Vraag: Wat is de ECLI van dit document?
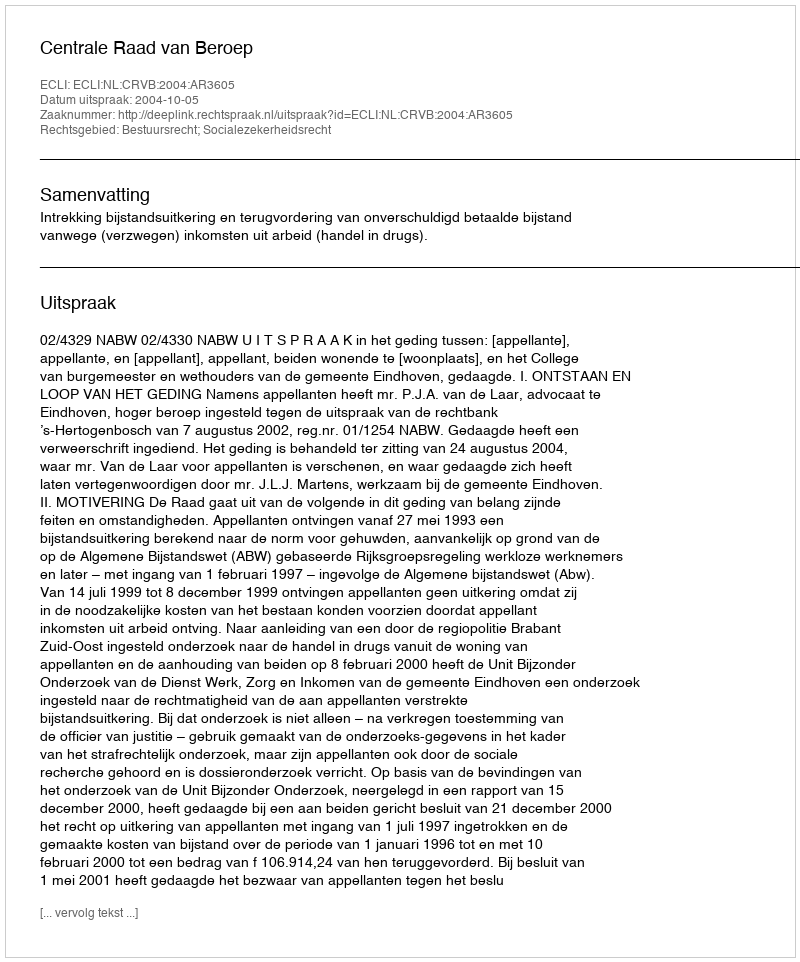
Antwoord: ECLI:NL:CRVB:2004:AR3605